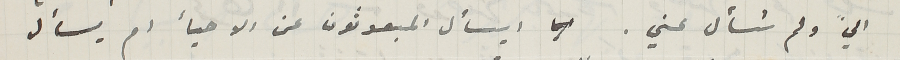
اليّ ولم تسأل عني. ايسأل المبعوثون عن الاحيأ ام يسأل